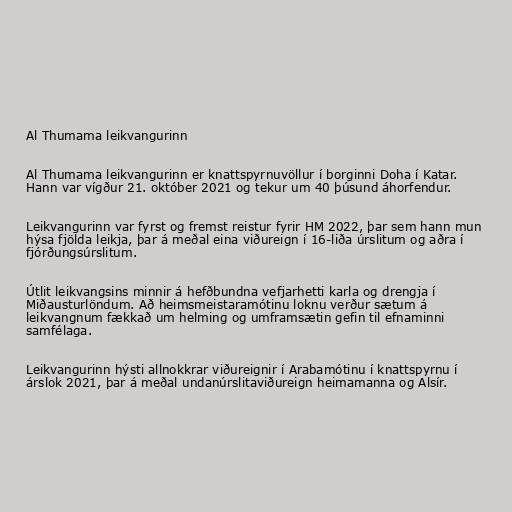
Al Thumama leikvangurinn

Al Thumama leikvangurinn er knattspyrnuvöllur í borginni Doha í Katar.
Hann var vígður 21. október 2021 og tekur um 40 þúsund áhorfendur.

Leikvangurinn var fyrst og fremst reistur fyrir HM 2022, þar sem hann mun
hýsa fjölda leikja, þar á meðal eina viðureign í 16-liða úrslitum og aðra í
fjórðungsúrslitum.

Útlit leikvangsins minnir á hefðbundna vefjarhetti karla og drengja í
Miðausturlöndum. Að heimsmeistaramótinu loknu verður sætum á
leikvangnum fækkað um helming og umframsætin gefin til efnaminni
samfélaga.

Leikvangurinn hýsti allnokkrar viðureignir í Arabamótinu í knattspyrnu í
árslok 2021, þar á meðal undanúrslitaviðureign heimamanna og Alsír.